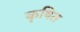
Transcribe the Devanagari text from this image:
कृषित